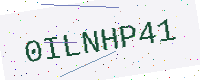
Text: 0ILNHP41